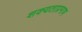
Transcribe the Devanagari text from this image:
शक्यताप्रमाण